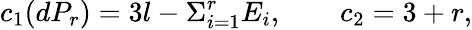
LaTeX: c_{1}(dP_{r})=3l-\Sigma_{i=1}^{r}E_{i},\qquad c_{2}=3+r,